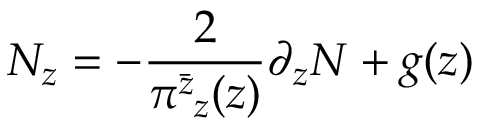
N _ { z } = - \frac { 2 } { \pi _ { ~ z } ^ { \bar { z } } ( z ) } \partial _ { z } N + g ( z )